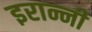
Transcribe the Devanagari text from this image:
इरान्नी